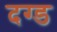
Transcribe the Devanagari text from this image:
दग्ड